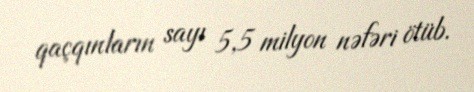
qaçqınların sayı 5,5 milyon nəfəri ötüb.